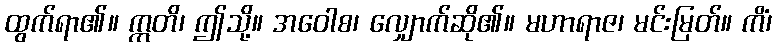
ထွက်ရာ၏။ ဣတိ၊ ဤသို့။ အဝေါစ၊ လျှောက်ဆို၏။ မဟာရာဇ၊ မင်းမြတ်။ ကိံ၊